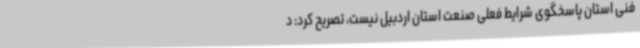
فنی استان پاسخگوی شرایط فعلی صنعت استان اردبیل نیست، تصریح کرد: د